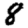
Digit: 8